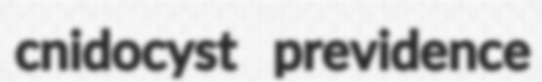
cnidocyst previdence